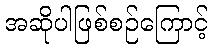
အဆိုပါဖြစ်စဉ်ကြောင့်